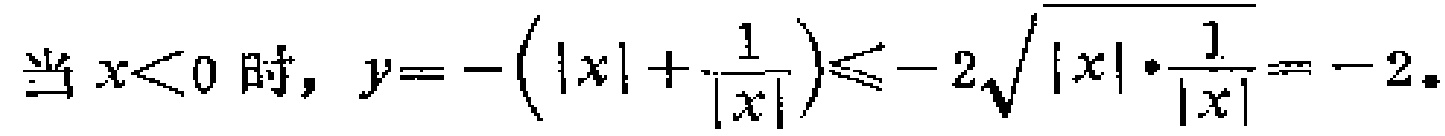
当 \(x<0\) 时，\(y=-\left(|x|+\frac{1}{|x|}\right)\leq -2\sqrt{|x|\cdot\frac{1}{|x|}}=-2\)。